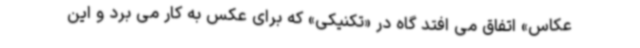
عکاس» اتفاق می افتد گاه در «تکنیکی» که برای عکس به کار می برد و این